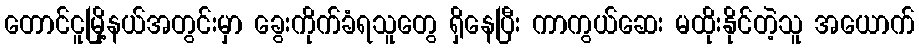
တောင်ငူမြို့နယ်အတွင်းမှာ ခွေးကိုက်ခံရသူတွေ ရှိနေပြီး ကာကွယ်ဆေး မထိုးနိုင်တဲ့သူ အယောက်